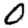
Digit: 0